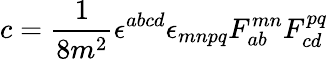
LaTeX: c=\frac{1}{8m^{2}}\epsilon^{abcd}\epsilon_{mnpq}F_{ab}^{mn}F_{cd}^{pq}